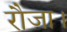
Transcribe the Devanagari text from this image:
रौजा।